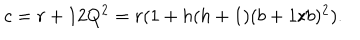
LaTeX: c = r + 1 2 Q ^ { 2 } = r ( 1 + h ( h + 1 ) ( b + 1 / b ) ^ { 2 } ) .